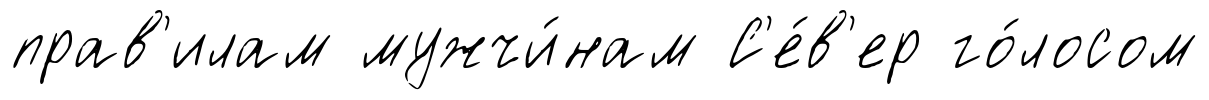
прав'илам мужчи́нам С'е́в'ер го́лосом